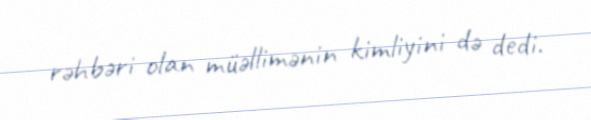
rəhbəri olan müəllimənin kimliyini də dedi.